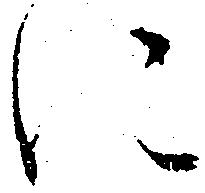
に